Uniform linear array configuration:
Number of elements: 24
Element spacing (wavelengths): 1
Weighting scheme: uniform
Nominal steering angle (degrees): -60
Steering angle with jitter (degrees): -58.109
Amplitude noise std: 0.05
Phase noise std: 0.05

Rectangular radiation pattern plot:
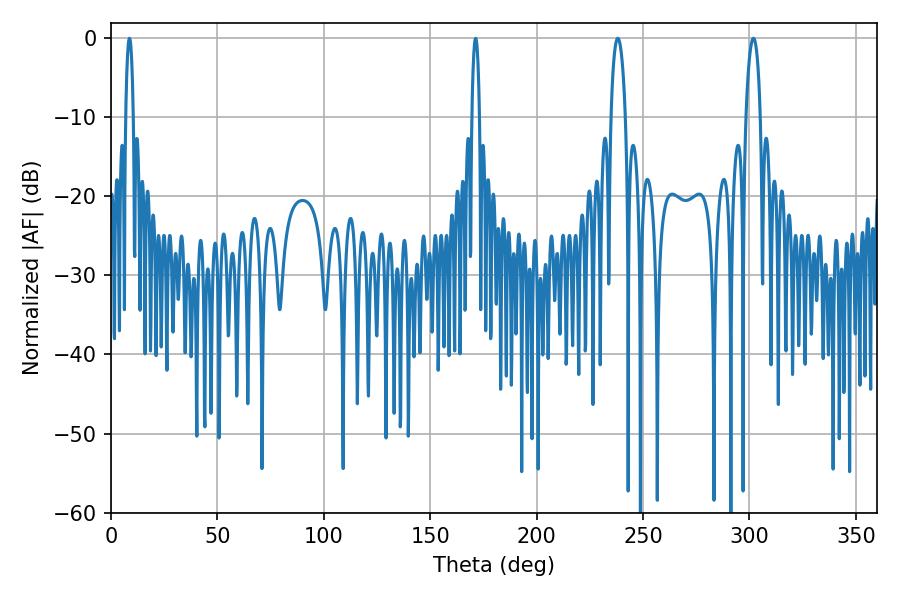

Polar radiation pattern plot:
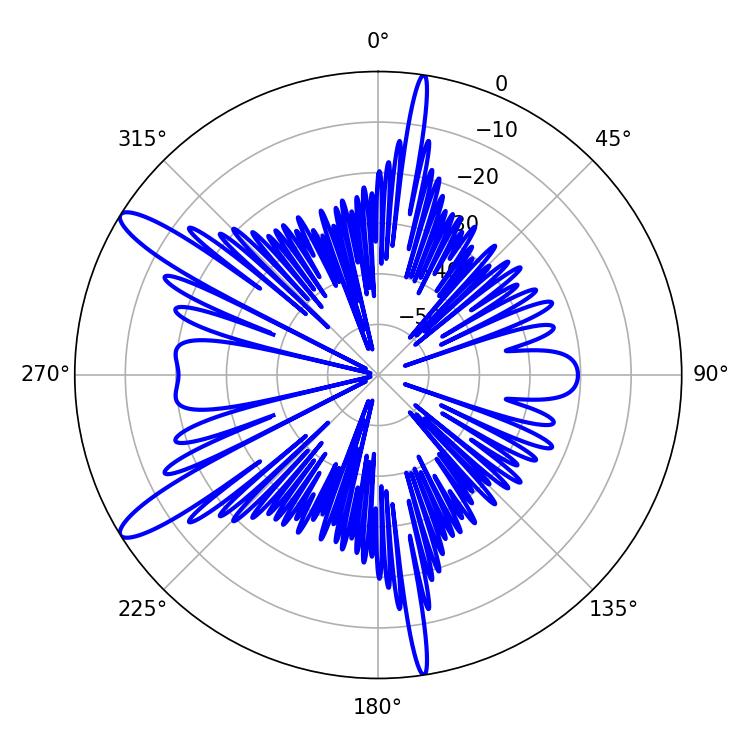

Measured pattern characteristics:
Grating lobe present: TRUE
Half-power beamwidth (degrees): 3.78
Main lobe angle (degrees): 238.14